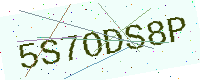
Text: 5S7ODS8P